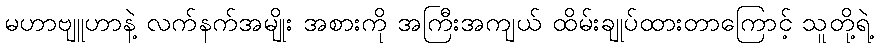
မဟာဗျူဟာနဲ့ လက်နက်အမျိုး အစားကို အကြီးအကျယ် ထိမ်းချုပ်ထားတာကြောင့် သူတို့ရဲ့